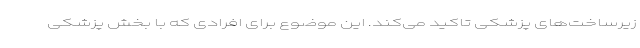
زیرساخت‌های پزشکی تاکید می‌کند. این موضوع برای افرادی که با بخش پزشکی